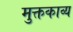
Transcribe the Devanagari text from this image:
मुक्तकाव्य